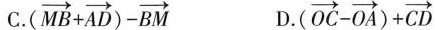
C.$$( ( \overrightarrow { M B } + \overrightarrow { A D } ) - \overrightarrow { B M }$$ D.$$( ( \overrightarrow { O C } - \overrightarrow { O A } ) + \overrightarrow { C D }$$